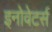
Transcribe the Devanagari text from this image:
इनोवेटर्स